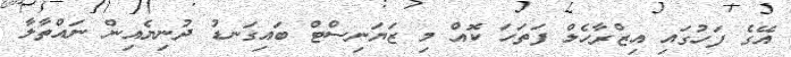
އޭގެ ފަހުގައި އިޒްރާހެލް ފަތަހަ ކޮއް މި ޒަޔަނިސްޓް ބައިގަނޑު ދުނިޔެއިން ނައްތާލާ